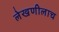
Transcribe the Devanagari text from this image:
लेखणीलाच